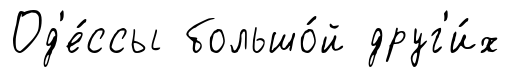
Од'е́ссы большо́й друг'и́х